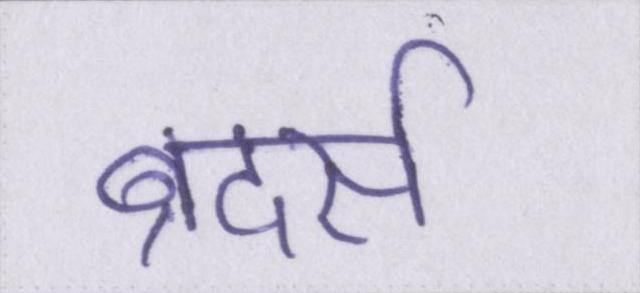
ब्रदर्स